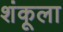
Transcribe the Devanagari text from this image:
शंकूला